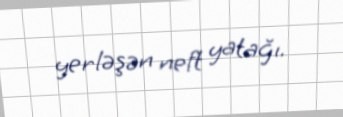
yerləşən neft yatağı.